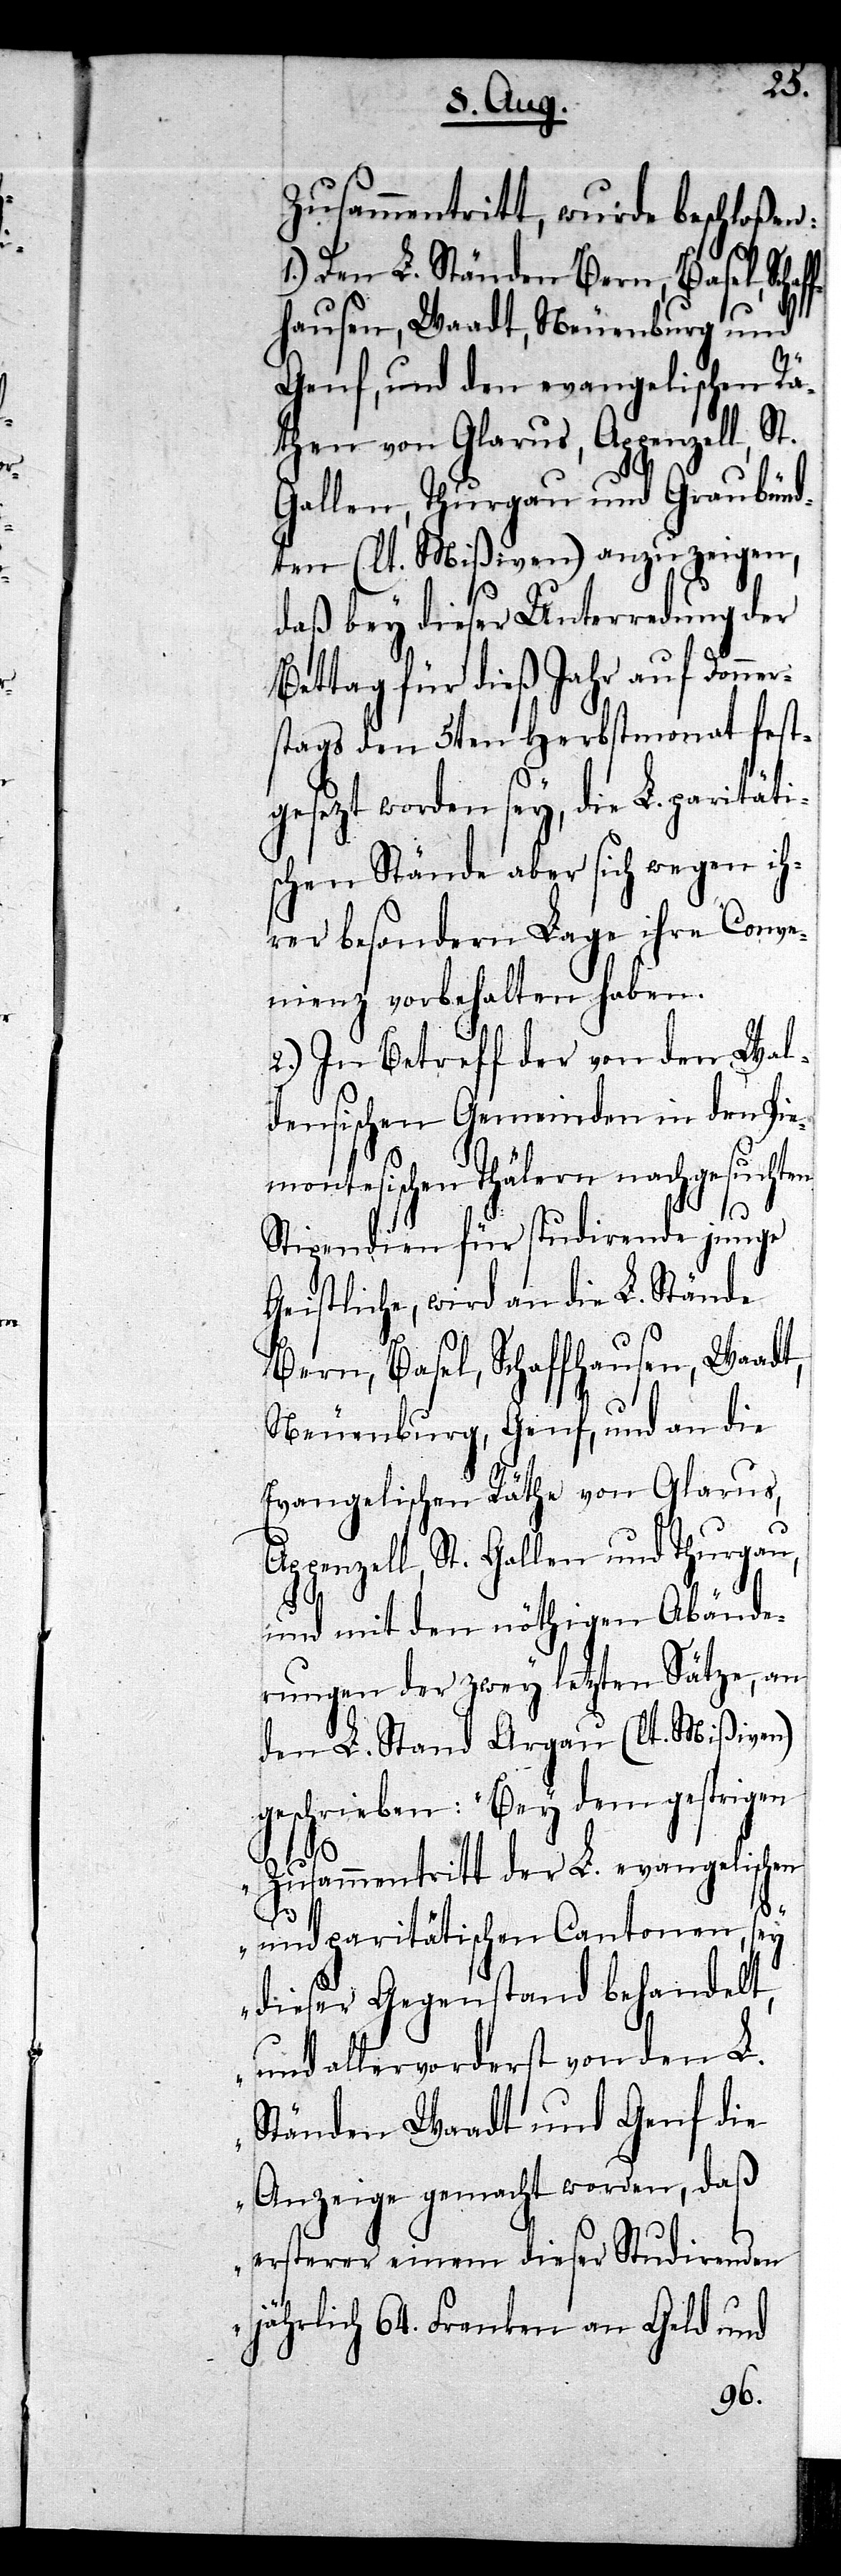
Zusammentritt, wurde beschloßen:
1.) Den L. Ständen Bern, Basel, Sch¬
hausen, Waadt, Neuenburg und
r¬
Genf, und den evangelischen Rä¬
then von Glarus, Appenzell,
Gallen, Thurgau und Graubünd¬
ten (lt. Mißiven) anzuzeigen,
daß bey dieser Unterredung der
Bettag für dieß Jahr auf Donne¬
stags den 5ten Herbstmonat fest¬
gesezt worden sey, die L. paritäti¬
schen Stände aber sich wegen ih¬
rer besondern Lage ihre Conve¬
nienz vorbehalten haben.
2.) In Betreff der von den Wal¬
densischen Gemeinden in den Pie¬
montesischen Thälern nachgesuchten
Stipendien für studirende junge
Geistliche, wird an die L. Stände
Bern, Basel, Schaffhausen, Waadt,
Neuenburg, Genf, und an die
evangelischen Räthe von Glarus,
Appenzell, St. Gallen und Thurgau,
und mit den nöthigen Abände¬
rungen der zwey letzten Sätze, an
den L. Stand Aargau (lt. Mißiven)
geschrieben: „Bey dem gestrigen
aff¬
Zusammentritt der L. evangelischen
und paritätischen Cantonen, sey
dieser Gegenstand behandelt,
und allervorderst von den L.
Ständen Waadt und Genf die
Anzeige gemacht worden, daß
ersterer einem dieser Studirenden
jährlich 64. Franken an Geld und